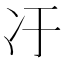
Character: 𫤿